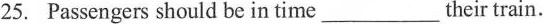
25. Passengers should be in time ___ their train.